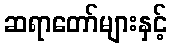
ဆရာတော်များနှင့်